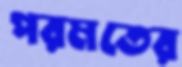
পরমতের